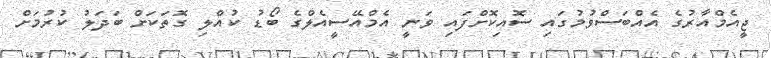
ޖީއެމްއާރުގެ އެއްބަސްވުމުގައި ސޮއިކޮށްފައި ވަނީ އެމްއޭސީއެލްގެ ބޯޑު ކުއްލި ގޮތަކަށް ބަދަލު ކުރުމަށް